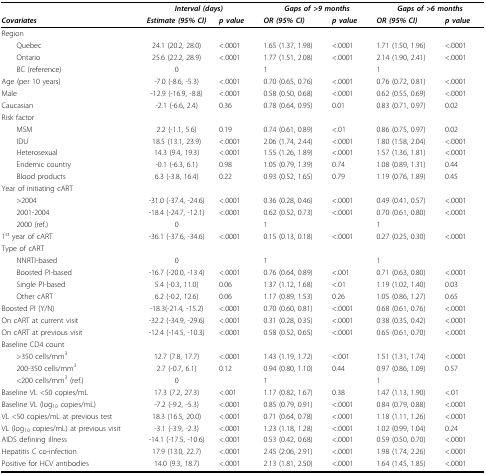
<table><thead><tr><td></td><td colspan="2"><b><i>Interval (days)</i></b></td><td colspan="2"><b><i>Gaps of &gt;9 months</i></b></td><td colspan="2"><b><i>Gaps of &gt;6 months</i></b></td></tr><tr><td><b><i>Covariates</i></b></td><td><b><i>Estimate (95% CI)</i></b></td><td><b><i>p value</i></b></td><td><b><i>OR (95% CI)</i></b></td><td><b><i>p value</i></b></td><td><b><i>OR (95% CI)</i></b></td><td><b><i>p value</i></b></td></tr></thead><tbody><tr><td>Region</td><td></td><td></td><td></td><td></td><td></td><td></td></tr><tr><td> Quebec</td><td>24.1 (20.2, 28.0)</td><td>&lt; .0001</td><td>1.65 (1.37, 1.98)</td><td>&lt; .0001</td><td>1.71 (1.50, 1.96)</td><td>&lt; .0001</td></tr><tr><td> Ontario</td><td>25.6 (22.2, 28.9)</td><td>&lt; .0001</td><td>1.77 (1.51, 2.08)</td><td>&lt; .0001</td><td>2.14 (1.90, 2.41)</td><td>&lt; .0001</td></tr><tr><td> BC (reference)</td><td>0</td><td></td><td>1</td><td></td><td>1</td><td></td></tr><tr><td>Age (per 10 years)</td><td>-7.0 (-8.6, -5.3)</td><td>&lt; .0001</td><td>0.70 (0.65, 0.76)</td><td>&lt; .0001</td><td>0.76 (0.72, 0.81)</td><td>&lt; .0001</td></tr><tr><td>Male</td><td>-12.9 (-16.9, -8.8)</td><td>&lt; .0001</td><td>0.58 (0.50, 0.68)</td><td>&lt; .0001</td><td>0.62 (0.55, 0.69)</td><td>&lt; .0001</td></tr><tr><td>Caucasian</td><td>-2.1 (-6.6, 2.4)</td><td>0.36</td><td>0.78 (0.64, 0.95)</td><td>0.01</td><td>0.83 (0.71, 0.97)</td><td>0.02</td></tr><tr><td>Risk factor</td><td></td><td></td><td></td><td></td><td></td><td></td></tr><tr><td> MSM</td><td>2.2 (-1.1, 5.6)</td><td>0.19</td><td>0.74 (0.61, 0.89)</td><td>&lt; .01</td><td>0.86 (0.75, 0.97)</td><td>0.02</td></tr><tr><td> IDU</td><td>18.5 (13.1, 23.9)</td><td>&lt; .0001</td><td>2.06 (1.74, 2.44)</td><td>&lt; .0001</td><td>1.80 (1.58, 2.04)</td><td>&lt; .0001</td></tr><tr><td> Heterosexual</td><td>14.3 (9.4, 19.3)</td><td>&lt; .0001</td><td>1.55 (1.26, 1.89)</td><td>&lt; .0001</td><td>1.57 (1.36, 1.81)</td><td>&lt; .0001</td></tr><tr><td> Endemic country</td><td>-0.1 (-6.3, 6.1)</td><td>0.98</td><td>1.05 (0.79, 1.39)</td><td>0.74</td><td>1.08 (0.89, 1.31)</td><td>0.44</td></tr><tr><td> Blood products</td><td>6.3 (-3.8, 16.4)</td><td>0.22</td><td>0.93 (0.52, 1.65)</td><td>0.79</td><td>1.19 (0.76, 1.89)</td><td>0.45</td></tr><tr><td>Year of initiating cART</td><td></td><td></td><td></td><td></td><td></td><td></td></tr><tr><td> &gt;2004</td><td>-31.0 (-37.4, -24.6)</td><td>&lt; .0001</td><td>0.36 (0.28, 0.46)</td><td>&lt; .0001</td><td>0.49 (0.41, 0.57)</td><td>&lt; .0001</td></tr><tr><td> 2001-2004</td><td>-18.4 (-24.7, -12.1)</td><td>&lt; .0001</td><td>0.62 (0.52, 0.73)</td><td>&lt; .0001</td><td>0.70 (0.61, 0.80)</td><td>&lt; .0001</td></tr><tr><td> 2000 (ref.)</td><td>0</td><td></td><td>1</td><td></td><td>1</td><td></td></tr><tr><td>1<sup>st </sup>year of cART</td><td>-36.1 (-37.6, -34.6)</td><td>&lt; .0001</td><td>0.15 (0.13, 0.18)</td><td>&lt; .0001</td><td>0.27 (0.25, 0.30)</td><td>&lt; .0001</td></tr><tr><td>Type of cART</td><td></td><td></td><td></td><td></td><td></td><td></td></tr><tr><td> NNRTI-based</td><td>0</td><td></td><td>1</td><td></td><td>1</td><td></td></tr><tr><td> Boosted PI-based</td><td>-16.7 (-20.0, -13.4)</td><td>&lt; .0001</td><td>0.76 (0.64, 0.89)</td><td>&lt; .001</td><td>0.71 (0.63, 0.80)</td><td>&lt; .0001</td></tr><tr><td> Single PI-based</td><td>5.4 (-0.3, 11.0)</td><td>0.06</td><td>1.37 (1.12, 1.68)</td><td>&lt; .01</td><td>1.19 (1.02, 1.40)</td><td>0.03</td></tr><tr><td> Other cART</td><td>6.2 (-0.2, 12.6)</td><td>0.06</td><td>1.17 (0.89, 1.53)</td><td>0.26</td><td>1.05 (0.86, 1.27)</td><td>0.65</td></tr><tr><td>Boosted PI (Y/N)</td><td>-18.3(-21.4, -15.2)</td><td>&lt; .0001</td><td>0.70 (0.60, 0.81)</td><td>&lt; .0001</td><td>0.68 (0.61, 0.76)</td><td>&lt; .0001</td></tr><tr><td>On cART at current visit</td><td>-32.2 (-34.9, -29.6)</td><td>&lt; .0001</td><td>0.31 (0.28, 0.35)</td><td>&lt; .0001</td><td>0.38 (0.35, 0.42)</td><td>&lt; .0001</td></tr><tr><td>On cART at previous visit</td><td>-12.4 (-14.5, -10.3)</td><td>&lt; .0001</td><td>0.58 (0.52, 0.65)</td><td>&lt; .0001</td><td>0.65 (0.61, 0.70)</td><td>&lt; .0001</td></tr><tr><td>Baseline CD4 count</td><td></td><td></td><td></td><td></td><td></td><td></td></tr><tr><td> &gt;350 cells/mm<sup>3</sup></td><td>12.7 (7.8, 17.7)</td><td>&lt; .0001</td><td>1.43 (1.19, 1.72)</td><td>&lt; .001</td><td>1.51 (1.31, 1.74)</td><td>&lt; .0001</td></tr><tr><td> 200-350 cells/mm<sup>3</sup></td><td>2.7 (-0.7, 6.1)</td><td>0.12</td><td>0.94 (0.80, 1.10)</td><td>0.44</td><td>0.97 (0.86, 1.09)</td><td>0.57</td></tr><tr><td> &lt; 200 cells/mm<sup>3 </sup>(ref.)</td><td>0</td><td></td><td>1</td><td></td><td>1</td><td></td></tr><tr><td>Baseline VL &lt; 50 copies/mL</td><td>17.3 (7.2, 27.3)</td><td>&lt; .001</td><td>1.17 (0.82, 1.67)</td><td>0.38</td><td>1.47 (1.13, 1.90)</td><td>&lt; .01</td></tr><tr><td>Baseline VL (log<sub>10 </sub>copies/mL)</td><td>-7.2 (-9.2, -5.3)</td><td>&lt; .0001</td><td>0.85 (0.79, 0.91)</td><td>&lt; .0001</td><td>0.84 (0.79, 0.88)</td><td>&lt; .0001</td></tr><tr><td>VL &lt;50 copies/mL at previous test</td><td>18.3 (16.5, 20.0)</td><td>&lt; .0001</td><td>0.71 (0.64, 0.78)</td><td>&lt; .0001</td><td>1.18 (1.11, 1.26)</td><td>&lt; .0001</td></tr><tr><td>VL (log<sub>10 </sub>copies/mL) at previous visit</td><td>-3.1 (-3.9, -2.3)</td><td>&lt; .0001</td><td>1.23 (1.18, 1.28)</td><td>&lt; .0001</td><td>1.02 (0.99, 1.04)</td><td>0.24</td></tr><tr><td>AIDS defining illness</td><td>-14.1 (-17.5, -10.6)</td><td>&lt; .0001</td><td>0.53 (0.42, 0.68)</td><td>&lt; .0001</td><td>0.59 (0.50, 0.70)</td><td>&lt; .0001</td></tr><tr><td>Hepatitis C co-infection</td><td>17.9 (13.0, 22.7)</td><td>&lt; .0001</td><td>2.45 (2.06, 2.91)</td><td>&lt; .0001</td><td>1.98 (1.74, 2.26)</td><td>&lt; .0001</td></tr><tr><td>Positive for HCV antibodies</td><td>14.0 (9.3, 18.7)</td><td>&lt; .0001</td><td>2.13 (1.81, 2.50)</td><td>&lt; .0001</td><td>1.64 (1.45, 1.85)</td><td>&lt; .0001</td></tr></tbody></table>